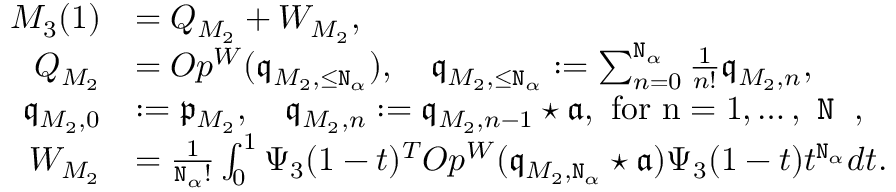
\begin{array} { r l } { M _ { 3 } ( 1 ) } & { = Q _ { M _ { 2 } } + W _ { M _ { 2 } } , } \\ { Q _ { M _ { 2 } } } & { = O p ^ { W } ( \mathfrak { q } _ { M _ { 2 } , \le \mathtt { N } _ { \alpha } } ) , \quad \mathfrak { q } _ { M _ { 2 } , \le \mathtt { N } _ { \alpha } } : = \sum _ { n = 0 } ^ { \mathtt { N } _ { \alpha } } \frac { 1 } { n ! } \mathfrak { q } _ { M _ { 2 } , n } , } \\ { \mathfrak { q } _ { M _ { 2 } , 0 } } & { : = \mathfrak { p } _ { M _ { 2 } } , \quad \mathfrak { q } _ { M _ { 2 } , n } : = \mathfrak { q } _ { M _ { 2 } , n - 1 } \star \mathfrak { a } , \mathrm { ~ f o r ~ n = 1 , \ldots , ~ \mathtt { N } _ \alpha ~ } , } \\ { W _ { M _ { 2 } } } & { = \frac { 1 } { \mathtt { N } _ { \alpha } ! } \int _ { 0 } ^ { 1 } \Psi _ { 3 } ( 1 - t ) ^ { T } O p ^ { W } ( \mathfrak { q } _ { M _ { 2 } , \mathtt { N } _ { \alpha } } \star \mathfrak { a } ) \Psi _ { 3 } ( 1 - t ) t ^ { \mathtt { N } _ { \alpha } } d t . } \end{array}